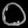
Digit: ၀